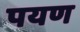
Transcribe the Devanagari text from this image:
पयण